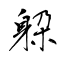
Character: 躱